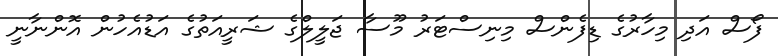
ފޯސް އަދި މިހާރުގެ ޑިފެންސް މިނިސްޓަރު މޫސާ ޖަލީލްގެ ޝަރީއަތުގެ އަޑުއެހުން އޮންނާނީ